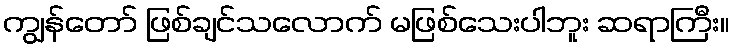
ကျွန်တော် ဖြစ်ချင်သလောက် မဖြစ်သေးပါဘူး ဆရာကြီး။